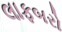
લાફબરો